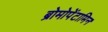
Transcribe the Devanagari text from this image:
ब्रोमोपेंटामिन